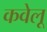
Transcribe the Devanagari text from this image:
कवेलू